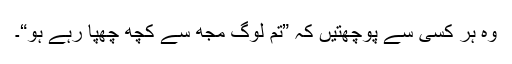
وہ ہر کسی سے پوچھتیں کہ ”تم لوگ مجھ سے کچھ چھپا رہے ہو“۔